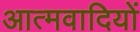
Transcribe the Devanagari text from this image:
आत्मवादियों